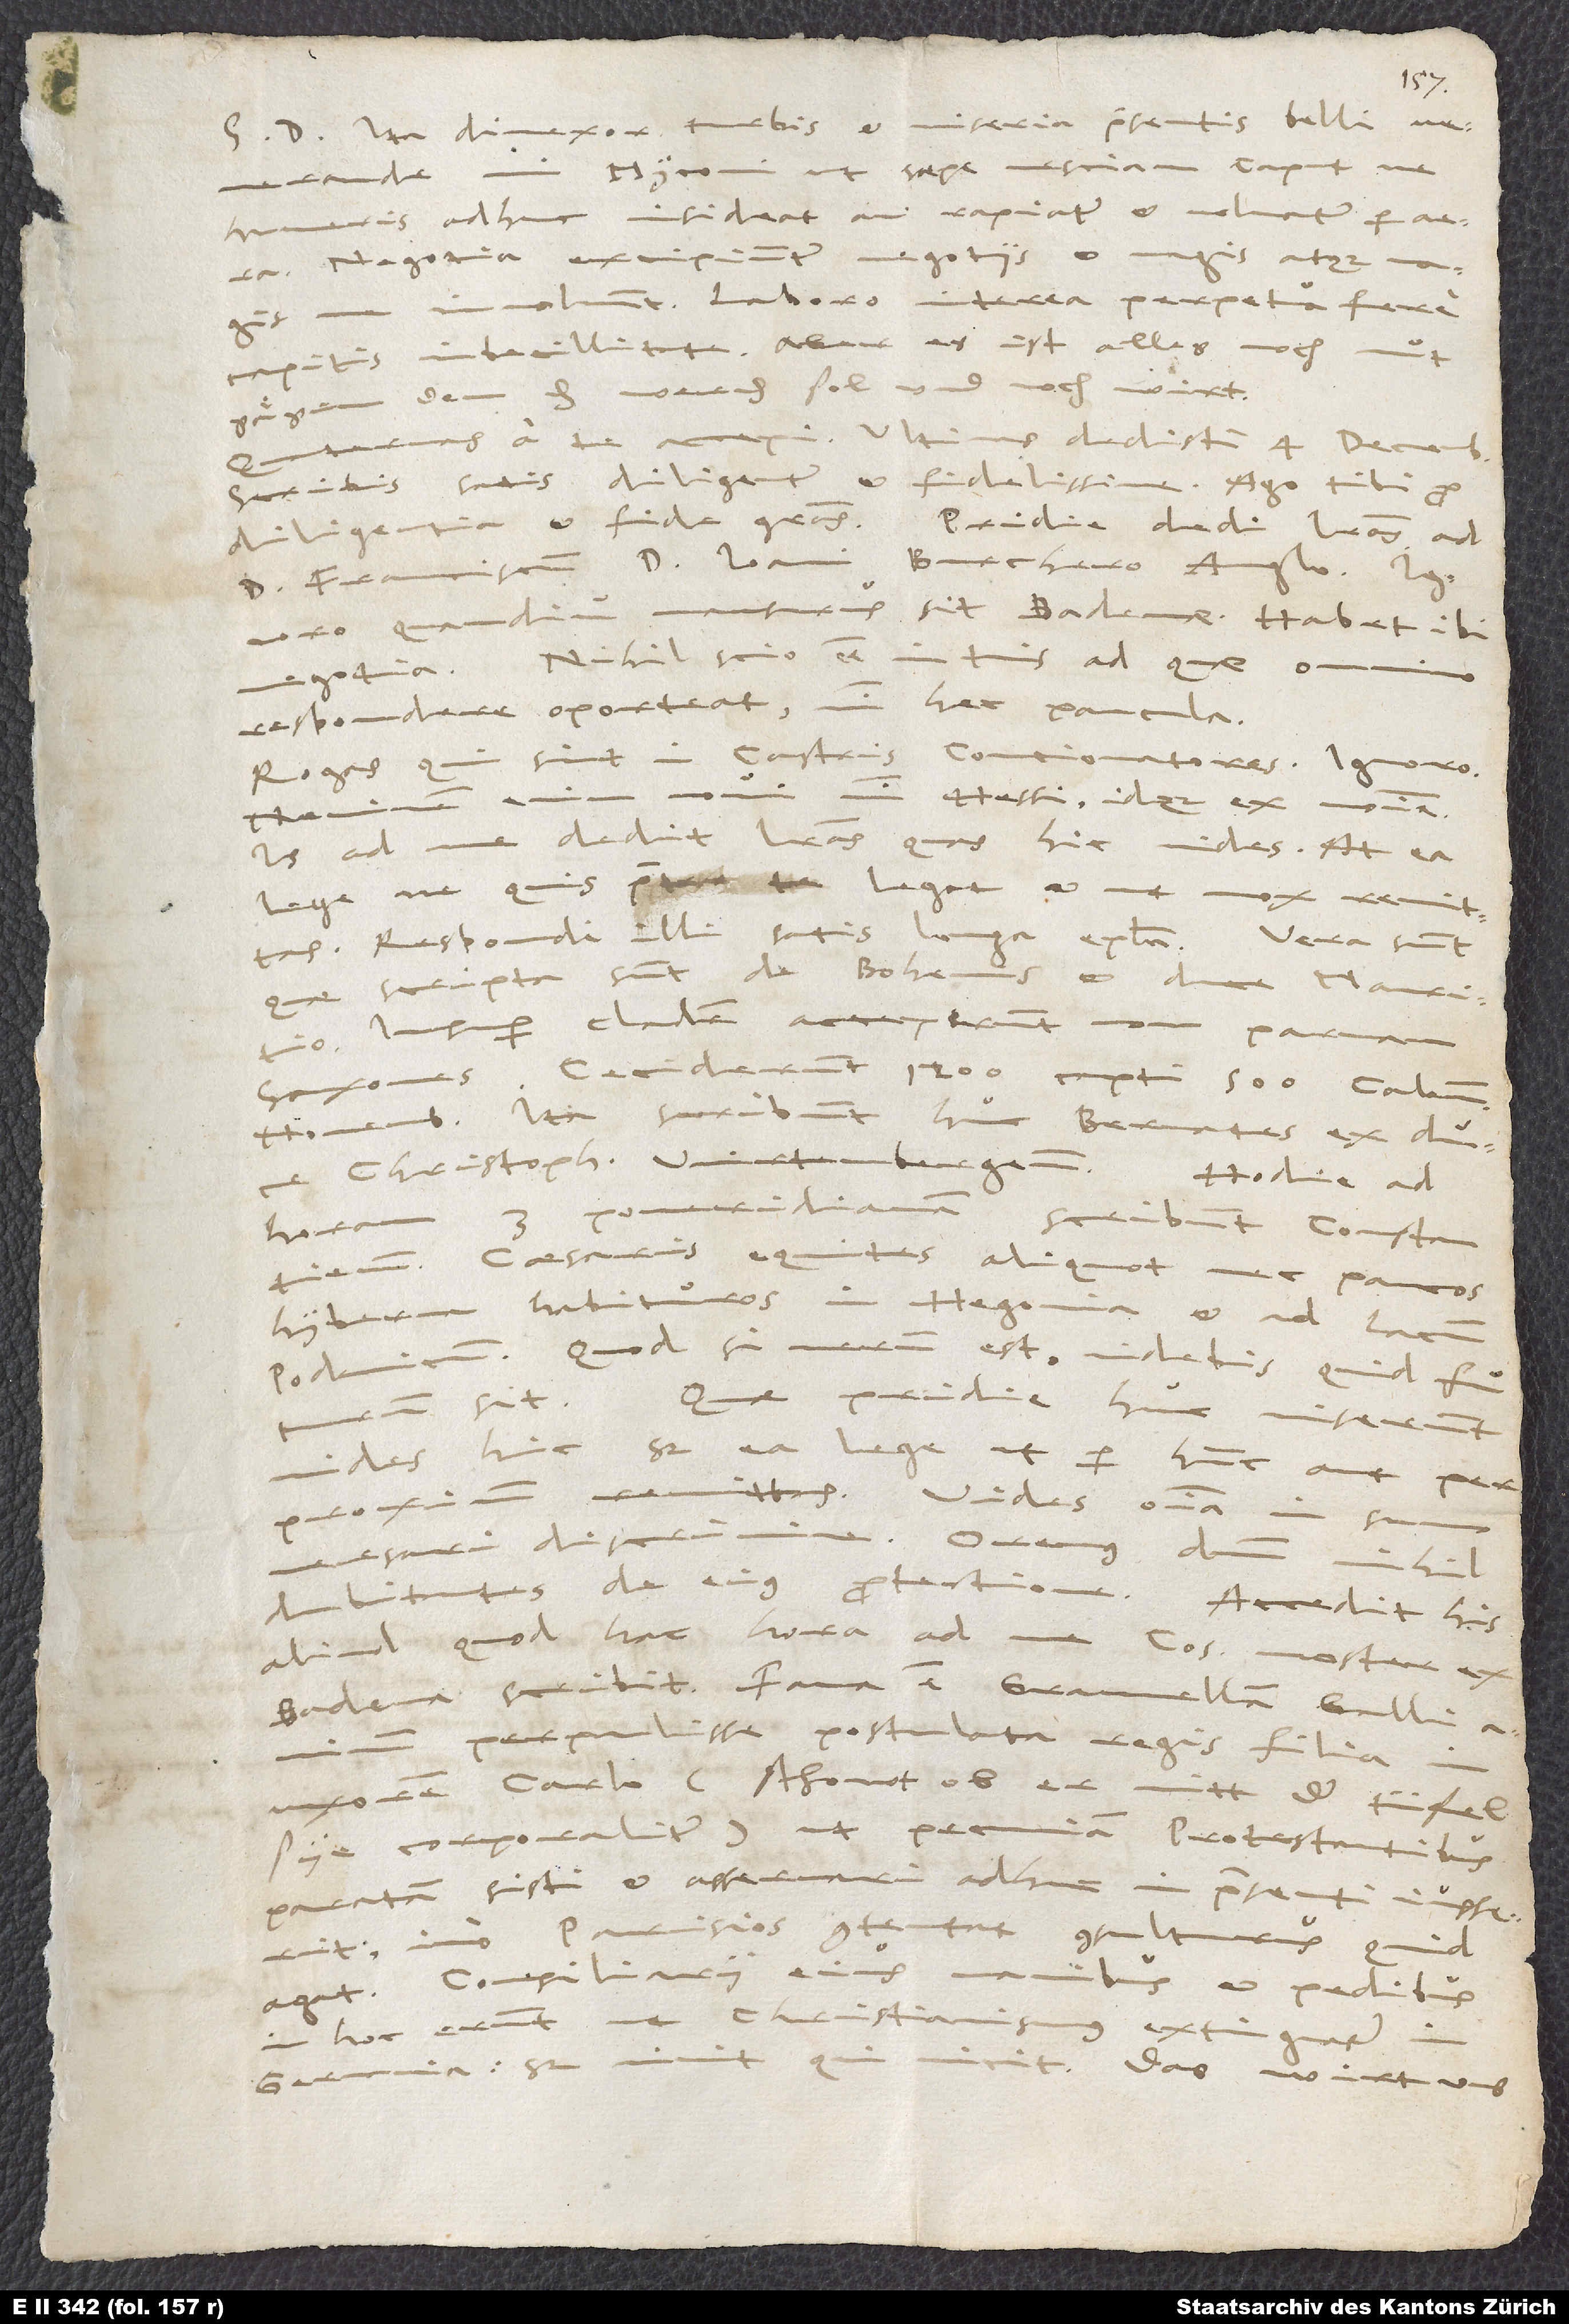
S. D. Ita divexor turbis et miseria praesentis belli,
Myconi, ut saepe nesciam, caput ne
humeris adhuc insideat an rapiatur et volvatur per
et magis atque magis
Negotia excipiuntur negotiis
Laboro interea perpetua fere
capitis imbecillitate. Aber es ist alles noch nut
gaͤ gen dem, das werden sol und noch wirt.
Ultimas dedisti 4. decembris.
Scribis satis diligenter et fidelissime. Ago tibi pro
diligentia et fide gratias. Pridie dedi literas ad
d. Franciscum d. Ioanni Burchero Anglo. Ignoro,
quamdiu mansurus sit Badenae. Habet ibi
negotia. Nihil scio esse in tuis, ad quae omnino
respondere oporteat nisi hec paucula.
Rogas, qui sint in castris concionatores. Ignoro.
nisi Hessi idque ex nomine.
Neminem
Is ad me dedit literas, quas hic vides, at ea
lege, ne quis praeter te legat et ut mox remittas.
Respondi illi satis longa
quae scripta sunt de Bohemis et duce Mauritio.
Insuper cladem acceperunt non parvam
Saxones. Ceciderunt 1’200, capti 500 calendis
novembris. Ita scribunt huc Bernates ex duce
pomeridianam
horam
scribunt Constantienses
caesaris equites aliquot nec paucos
habituros in Hegovia et ad lacum
hyberna
Podamicum. Quod si verum est, videbis, quid futurum
Quae pridie huc miserunt,
vides hic, sed ea lege, ut per hunc aut per
proximum remittas. Vides omnia in summo
versari discrimine. Oremus dominum nihil
aliud, quod hac hora ad me consul noster ex
Badena scribit. Fama est Granvellam Galli
perpulisse postulata regis filia in
uxorem Carlo (schowt, ob er nitt der tüfel
sye corporaliter!), ut pecuniam Protestantibus
paratam sisti et asservari adhuc in praesenti iusserit,
imo Parisios contentat consulturus, quid
agat. Consiliarii eius manibus et pedibus
in hoc erunt, ut christianismus
Germania. Sed vivit, qui vicit! Das wirt uns